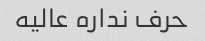
حرف نداره عالیه